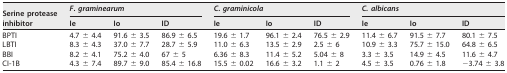
<table><thead><tr><td rowspan="2"><b>Serine protease inhibitor</b></td><td colspan="3"><b><i>F</i>. <i>graminearum</i></b></td><td colspan="3"><b><i>C</i>. <i>graminicola</i></b></td><td colspan="3"><b><i>C. albicans</i></b></td></tr><tr><td><b>Ie</b></td><td><b>Io</b></td><td><b>ID</b></td><td><b>Ie</b></td><td><b>Io</b></td><td><b>ID</b></td><td><b>Ie</b></td><td><b>Io</b></td><td><b>ID</b></td></tr></thead><tbody><tr><td>BPTI</td><td>4.7 ± 4.4</td><td>91.6 ± 3.5</td><td>86.9 ± 6.5</td><td>19.6 ± 1.7</td><td>96.1 ± 2.4</td><td>76.5 ± 2.9</td><td>11.4 ± 6.7</td><td>91.5 ± 7.7</td><td>80.1 ± 7.5</td></tr><tr><td>LBTI</td><td>8.3 ± 4.3</td><td>37.0 ± 7.7</td><td>28.7 ± 5.9</td><td>11.0 ± 6.3</td><td>13.5 ± 2.9</td><td>2.5 ± 6</td><td>10.9 ± 3.3</td><td>75.7 ± 15.0</td><td>64.8 ± 6.5</td></tr><tr><td>BBI</td><td>8.2 ± 4.1</td><td>75.2 ± 4.0</td><td>67 ± 5</td><td>6.36 ± 8.3</td><td>11.4 ± 5.2</td><td>5.04 ± 8</td><td>3.3 ± 3.5</td><td>14.9 ± 4.5</td><td>11.6 ± 4.7</td></tr><tr><td>CI-1B</td><td>4.3 ± 7.4</td><td>89.7 ± 9.0</td><td>85.4 ± 16.8</td><td>15.5 ± 0.02</td><td>16.6 ± 3.2</td><td>1.1 ± 2</td><td>4.5 ± 3.5</td><td>0.76 ± 1.8</td><td>−3.74 ± 3.8</td></tr></tbody></table>